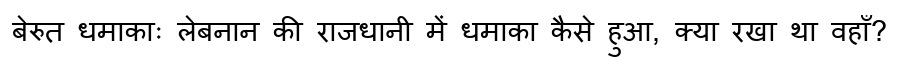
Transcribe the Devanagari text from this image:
बेरुत धमाकाः लेबनान की राजधानी में धमाका कैसे हुआ, क्या रखा था वहाँ?